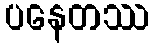
ပနေတဿ